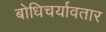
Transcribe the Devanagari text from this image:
बोधिचर्यावतार